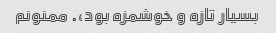
بسیار تازه و خوشمزه بود،. ممنونم